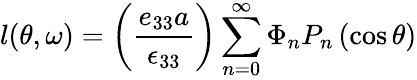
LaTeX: l(\theta,\omega)=\left(\frac{e_{33}a}{\epsilon_{33}}\right)\sum_{n=0}^{\infty}\Phi_{n}P_{n}\left(\cos\theta\right)